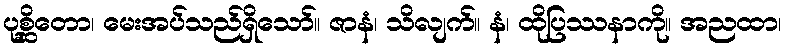
ပုစ္ဆိတော၊ မေးအပ်သည်ရှိသော်။ ဇာနံ၊ သိလျက်။ နံ၊ ထိုပြဿနာကို။ အညထာ၊